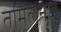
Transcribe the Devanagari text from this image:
तमिलनाड़ू